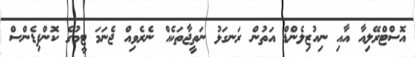
އޮސްޓްރޭލިއާ އާއި ނިއުޒިލެންޑް އަތުން ރަނގަޅު ނަތީޖާތަކެއް ނެރެވިއް ޖެނަމަ ޓީމުގެ ކޮންފިޑެންސް